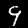
Digit: 9